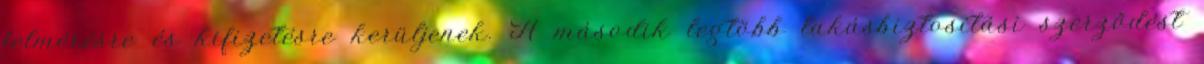
felmérésre és kifizetésre kerüljenek. A második legtöbb lakásbiztosítási szerződést